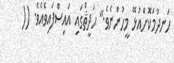
ހަނދުމަކޮށްއުޅޭ މީހުންނެވެ." ޙަދީޘްގައި އައިސްފައިވެއެވެ. ((